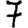
Digit: 7